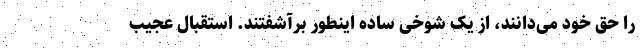
را حق خود می‌دانند، از یک شوخی ساده اینطور برآشفتند. استقبال عجیب